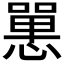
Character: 𢠸